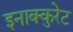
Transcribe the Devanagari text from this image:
इनाक्कुरेट